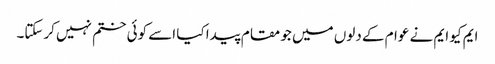
ایم کیو ایم نے عوام کے دلوں میں جو مقام پیدا کیا اسے کوئی ختم نہیں کرسکتا۔